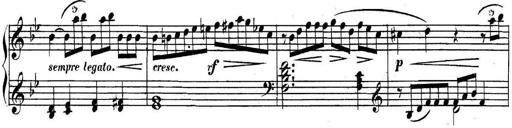
Title: Collected Piano Sonatas
Composer: Muzio Clementi